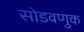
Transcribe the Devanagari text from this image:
सोडवणुक